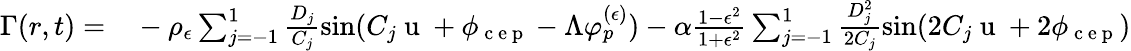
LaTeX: \begin{array}{rl}{\Gamma(r,t)=}&{{}-\rho_{\epsilon}\sum_{j=-1}^{1}\frac{D_{j}}{C_{j}}\sin(C_{j}\mathrm{~u~}+\phi_{\mathrm{~c~e~p~}}-\Lambda\varphi_{p}^{(\epsilon)})-\alpha\frac{1-\epsilon^{2}}{1+\epsilon^{2}}\sum_{j=-1}^{1}\frac{D_{j}^{2}}{2C_{j}}\sin(2C_{j}\mathrm{~u~}+2\phi_{\mathrm{~c~e~p~}})}\end{array}